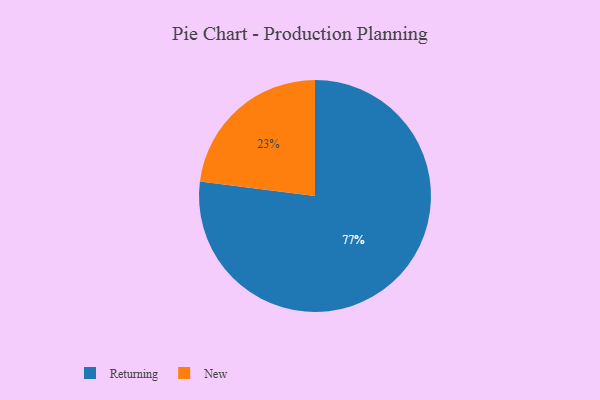
{"axis": {"x": "Category", "y": "Percentage"}, "legend": ["New", "Returning"], "data": [{"x": "New", "y": 23, "type": "New"}, {"x": "Returning", "y": 77, "type": "Returning"}]}